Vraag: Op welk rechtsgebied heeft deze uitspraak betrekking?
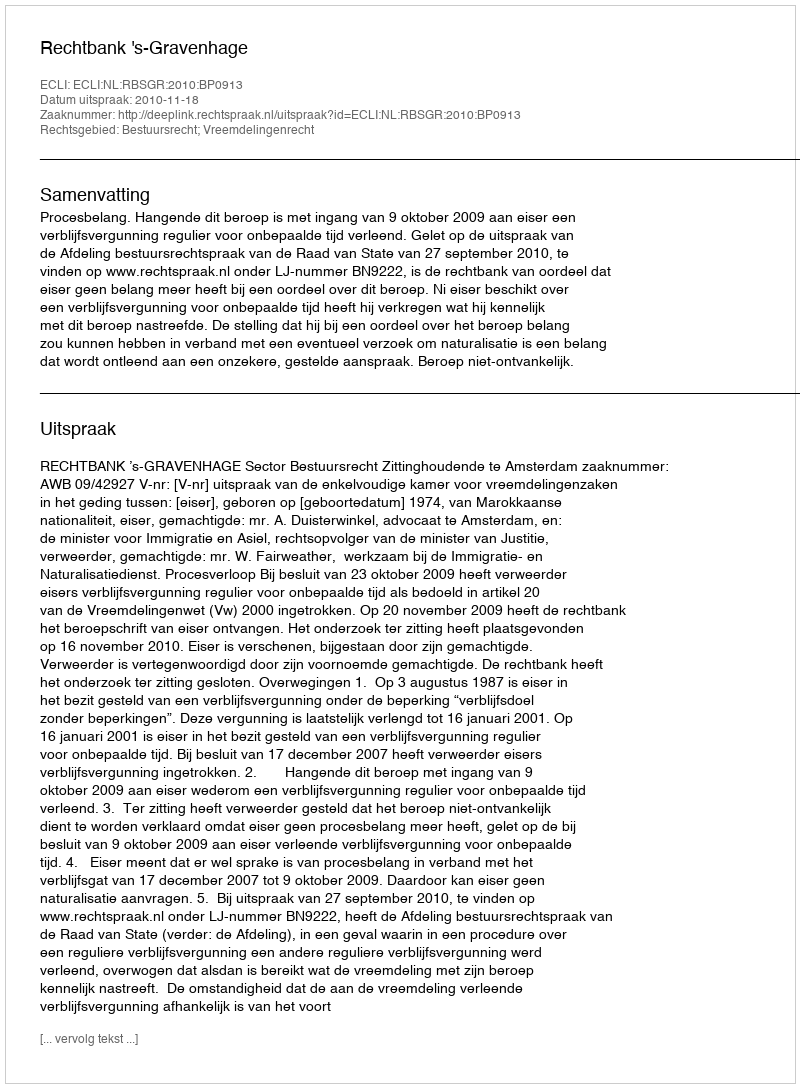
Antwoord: Bestuursrecht; Vreemdelingenrecht